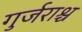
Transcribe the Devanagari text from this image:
गुर्जराश्च